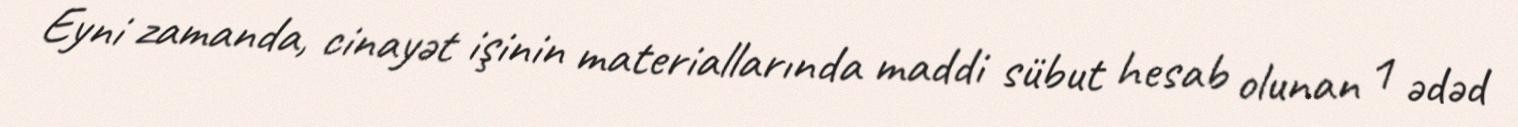
Eyni zamanda, cinayət işinin materiallarında maddi sübut hesab olunan 1 ədəd